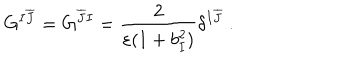
G ^ { I \overline { { { J } } } } = G ^ { \overline { { { J } } } I } = \frac { 2 } { \varepsilon ( 1 + b _ { I } ^ { 2 } ) } \delta ^ { I \overline { { { J } } } } ~ .